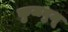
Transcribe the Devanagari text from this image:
कुजबुजू